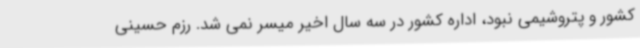
کشور و پتروشیمی نبود، اداره کشور در سه سال اخیر میسر نمی شد. رزم حسینی